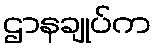
ဌာနချုပ်က